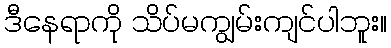
ဒီနေရာကို သိပ်မကျွမ်းကျင်ပါဘူး။